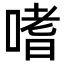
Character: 嗜